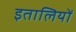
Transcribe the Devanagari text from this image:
इतालियों